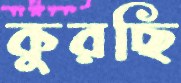
কুরছি